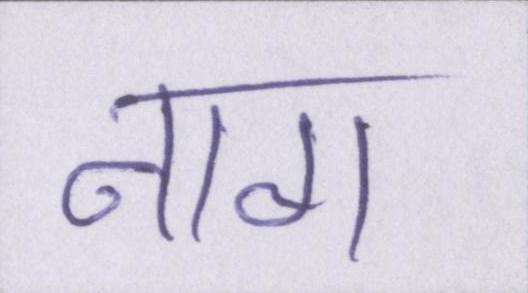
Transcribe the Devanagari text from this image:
नाग